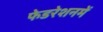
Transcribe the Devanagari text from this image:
फेडरेशनमें